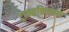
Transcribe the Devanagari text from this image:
ट्रान्सक्रिप्शन